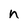
Character: n